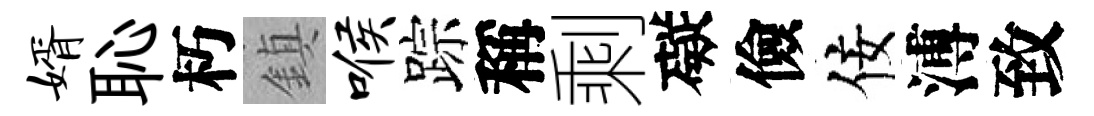
婿恥朽鎮喉踪稱剩礙儉佞溥致